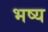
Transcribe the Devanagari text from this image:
भष्य